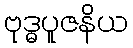
ဗုဒ္ဓပူဇနိယ